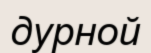
дурной